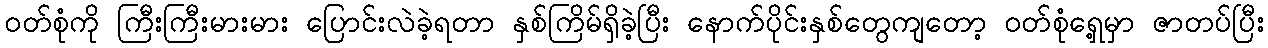
ဝတ်စုံကို ကြီးကြီးမားမား ပြောင်းလဲခဲ့ရတာ နှစ်ကြိမ်ရှိခဲ့ပြီး နောက်ပိုင်းနှစ်တွေကျတော့ ဝတ်စုံရှေ့မှာ ဇာတပ်ပြီး